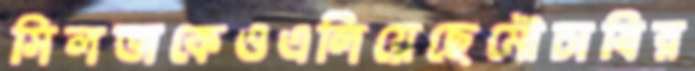
সিলভাকেওএলিয়েছেমৌচাষির